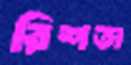
রিশতা